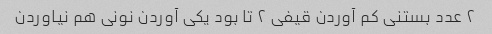
۲ عدد بستنی کم آوردن قیفی ۲ تا بود یکی آوردن نونی هم نیاوردن